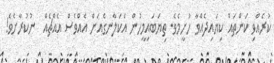
ކުރެއްވި ކަންތައް ކިޔައިދެއްވާ ހުށީމެވެ. ތިޔަބައިމީހުން އެކަލާނގެއަށް އެއްވެސް އެއްޗެއް  ނުކުރާށެވެ!